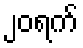
၂၀ရက်